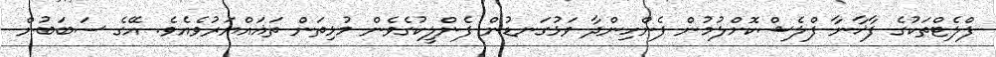
ފްލެޓްތަކުގެ ފާޚާނާ ފްލެޝްކޮށްލުމުން ފެންހިންދާ ވަޅުގަނޑުން ފެންލީކުގެވެން މުޅިތަން ތަޣައްޔަރުވެއެވެ. އޭގެ ސަބަބުން